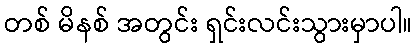
တစ် မိနစ် အတွင်း ရှင်းလင်းသွားမှာပါ။